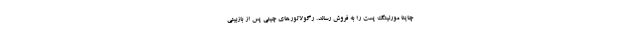
چاینا مورنینگ پست را به فروش رساند. رگولاتورهای چینی پس از بازبینی